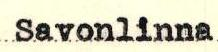
Savonlinna